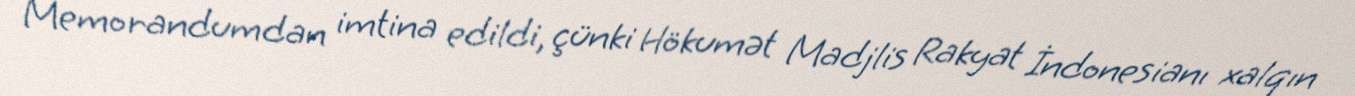
Memorandumdan imtina edildi, çünki Hökumət Madjlis Rakyat İndonesianı xalqın